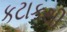
કટાકથી